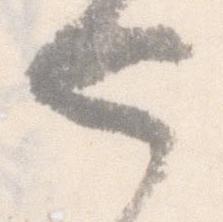
也